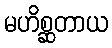
မဟိစ္ဆတာယ